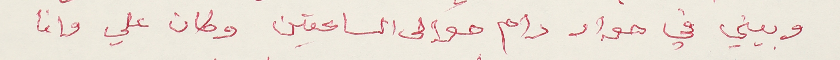
وبيني في حوار دام حوالى الساعتين وكان علي وانا